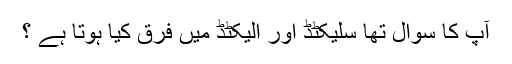
آپ کا سوال تھا سلیکٹڈ اور الیکٹڈ میں فرق کیا ہوتا ہے ؟